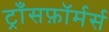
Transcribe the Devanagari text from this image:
ट्राँसफ़ॉर्मर्स